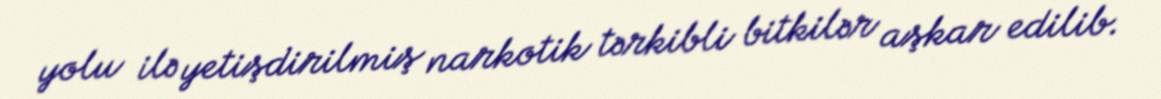
yolu ilə yetişdirilmiş narkotik tərkibli bitkilər aşkar edilib.